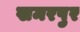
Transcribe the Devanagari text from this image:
खमरपुर